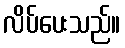
လိပ်ပေးသည်။